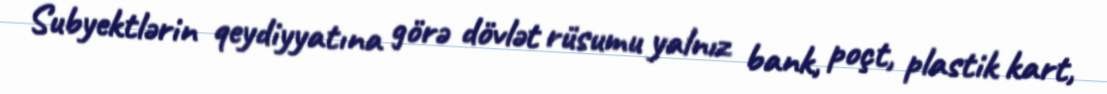
Subyektlərin qeydiyyatına görə dövlət rüsumu yalnız bank, poçt, plastik kart,